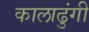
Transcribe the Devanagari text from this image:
कालाढुंगी